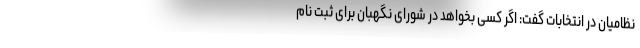
نظامیان در انتخابات گفت: اگر کسی بخواهد در شورای نگهبان برای ثبت نام